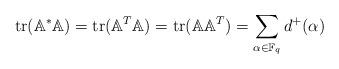
LaTeX: \begin{align*} \operatorname{tr}(\mathbb{A}^{\ast} \mathbb{A})=\operatorname{tr}(\mathbb{A}^{T} \mathbb{A})=\operatorname{tr}(\mathbb{A} \mathbb{A}^{T})=\sum_{\alpha \in \Bbb F_q} d^{+}(\alpha)\end{align*}